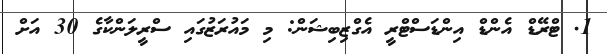
1. ޓްރޭޑް އެންޑް އިންޑަސްޓްރީ އެގްޒިބިޝަން: މި މައުރަޒުގައި ސްރީލަންކާގެ 30 އަށް